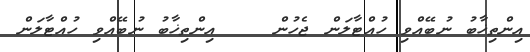
އިންތިޚާބު ނުބޭއްވި ހުއްޓާލަން ޖެހުން    އިންތިޚާބު ނުބޭއްވި ހުއްޓާލަން